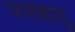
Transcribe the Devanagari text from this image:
जलबायु